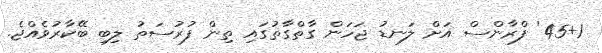
45+1' ފްރާންސް އަށް ލަނޑު ޖަހަން ގާތްގާތުގައި ތިން ފުރުސަތު ލިބި ބޭކާރުވެއްޖެ.